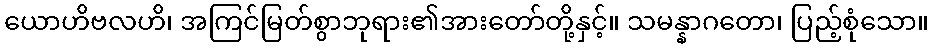
ယောဟိဗလဟိ၊ အကြင်မြတ်စွာဘုရား၏အားတော်တို့နှင့်။ သမန္နာဂတော၊ ပြည့်စုံသော။